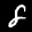
Label: 8